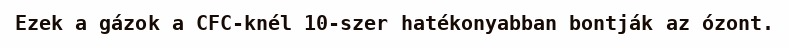
Ezek a gázok a CFC-knél 10-szer hatékonyabban bontják az ózont.